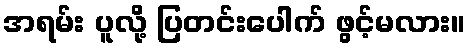
အရမ်း ပူလို့ ပြတင်းပေါက် ဖွင့်မလား။